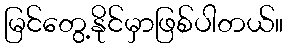
မြင်တွေ့နိုင်မှာဖြစ်ပါတယ်။